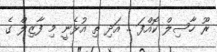
ރޫ ހާސިލް ކޮއްފަ .. އަދި ތި އުޅެނީ މި ފާޒިލް ގެ